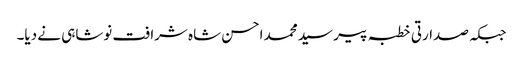
جبکہ صدارتی خطبہ پیر سید محمد احسن شاہ شرافت نوشاہی نے دیا۔